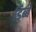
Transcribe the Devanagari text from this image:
डिब्बे